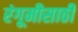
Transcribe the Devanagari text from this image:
रंगूमीसाठी